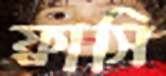
ফ্রাসি